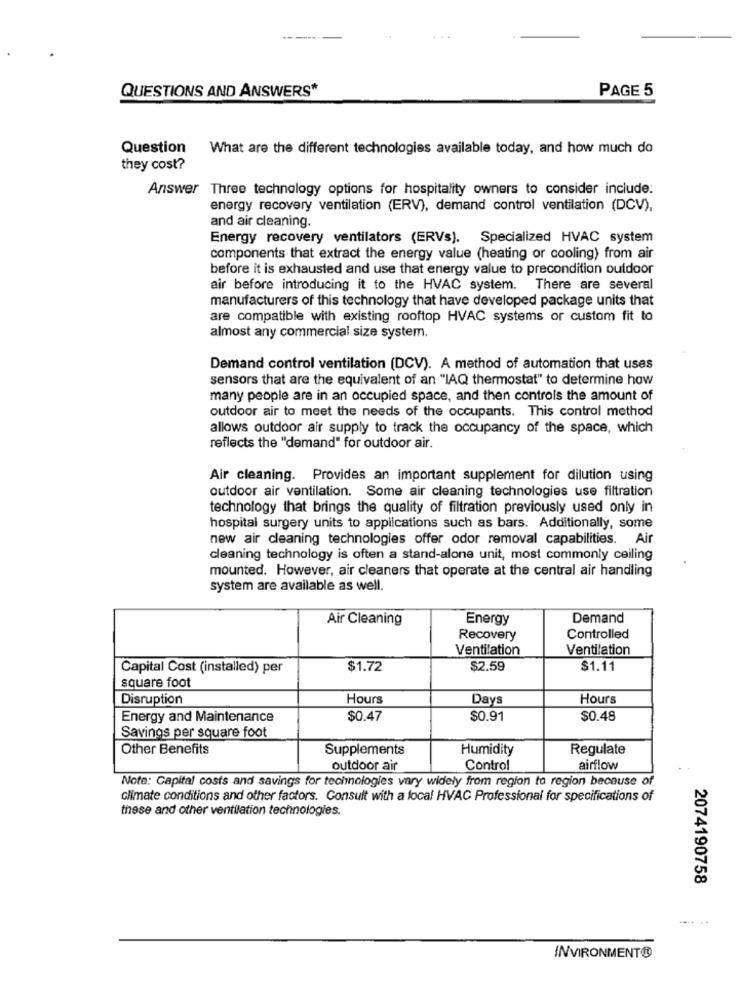
QUESTIONS AND ANSWERS*
PAGE 5
Question
What are the different technologies available today, and how much do
they cost?
Answer Three technology options for hospitality owners to consider include:
energy recovery ventilation (ERV), demand control ventilation (DCV),
and air cleaning.
Energy recovery ventilators (ERVs). Specialized HVAC system
components that extract the energy value (heating or cooling) from air
before it is exhausted and use that energy value to precondition outdoor
air before introducing it to the HVAC system. There are several
manufacturers of this technology that have developed package units that
are compatible with existing rooftop HVAC systems or custom fit to
almost any commercial size system.
Demand control ventilation (DCV). A method of automation that uses
sensors that are the equivalent of an "IAQ thermostat" to determine how
many people are in an occupied space, and then controls the amount of
outdoor air to meet the needs of the occupants. This control method
allows outdoor air supply to track the occupancy of the space, which
reflects the "demand" for outdoor air.
Air cleaning. Provides an important supplement for dilution using
outdoor air ventilation. Some air cleaning technologies use filtration
technology that brings the quality of filtration previously used only in
hospital surgery units to applications such as bars. Additionally, some
new air cleaning technologies offer odor removal capabilities. Air
cleaning technology is often a stand-alone unit, most commonly ceiling
mounted. However, air cleaners that operate at the central air handling
system are available as well.
Air Cleaning
Energy
Demand
Recovery
Controlled
Ventilation
Ventilation
Capital Cost (installed) per
$1.72
$2.59
$1.11
square foot
Disruption
Hours
Days
Hours
Energy and Maintenance
$0.47
$0.91
$0.48
Savings per square foot
Other Benefits
Supplements
Humidity
Regulate
outdoor air
Control
airflow
Note: Capital costs and savings for technologies vary widely from region to region because of
climate conditions and other factors. Consult with a local HVAC Professional for specifications of
these and other ventilation technologies.
2074190758
INVIRONMENT®